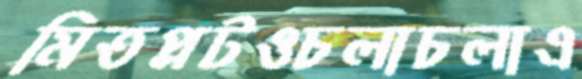
মিতপ্লটওচলাচলাএ